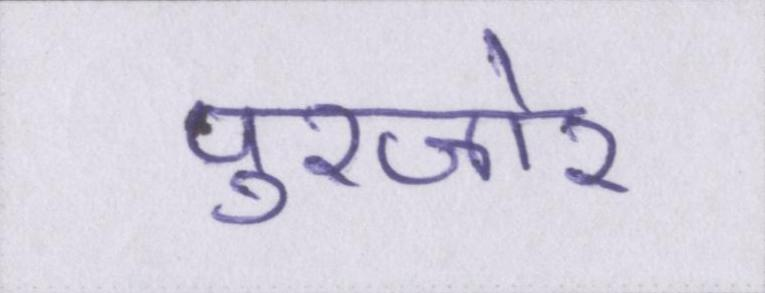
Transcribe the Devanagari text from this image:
पुरजोर